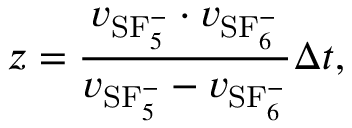
z = \frac { v _ { \mathrm { S F } _ { 5 } ^ { - } } \cdot v _ { \mathrm { S F } _ { 6 } ^ { - } } } { v _ { \mathrm { S F } _ { 5 } ^ { - } } - v _ { \mathrm { S F } _ { 6 } ^ { - } } } \Delta t ,